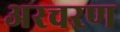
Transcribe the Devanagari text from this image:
अरचरण